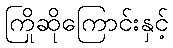
ကြိုဆိုကြောင်းနှင့်